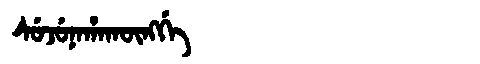
Manchu: ᠰᡠᠵᡠᠨᠠᡥᠠᡴᡡᠩᡤᡝ
Romanization: SUJUNAHAKŪNGGE